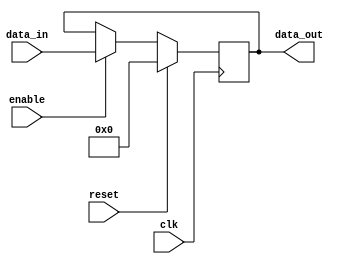
module register(
    input wire clk,
    input wire reset,
    input wire enable,
    input wire [7:0] data_in,
    output reg [7:0] data_out
);

reg [7:0] register_data;

always @(posedge clk) begin
    if(reset) begin
        register_data <= 8'h00;
    end else begin
        if(enable) begin
            register_data <= data_in;
        end
    end
end

assign data_out = register_data;

endmodule